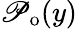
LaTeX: \mathscr{P}_{\mathrm{{o}}}(y)